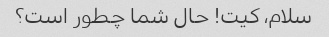
سلام، کیت! حال شما چطور است؟